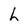
Character: h